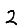
Digit: 2